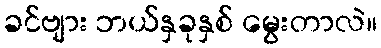
ခင်ဗျား ဘယ်နှခုနှစ် မွေးတာလဲ။